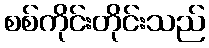
စစ်ကိုင်းတိုင်းသည်